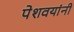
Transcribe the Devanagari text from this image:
पेशवयांनी